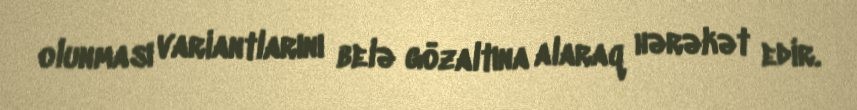
olunması variantlarını belə gözaltına alaraq hərəkət edir.